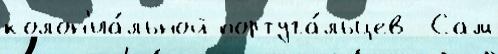
колон'иа́льной португа́льцев  Сам